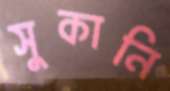
সুকানি